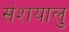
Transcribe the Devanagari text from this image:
संशयालु